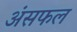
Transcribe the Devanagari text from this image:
अंसफल